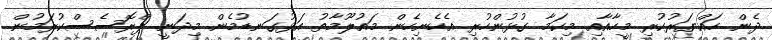
ދެން ހައްޔަރުކުރި މީހާއާއި މިކަމާ ގުޅުންހުރި އެހެނިހެން މައުލޫމާތު އަޅުގަނޑުމެން މިދަނީ ޕްރޮސެސްކުރަމުން.